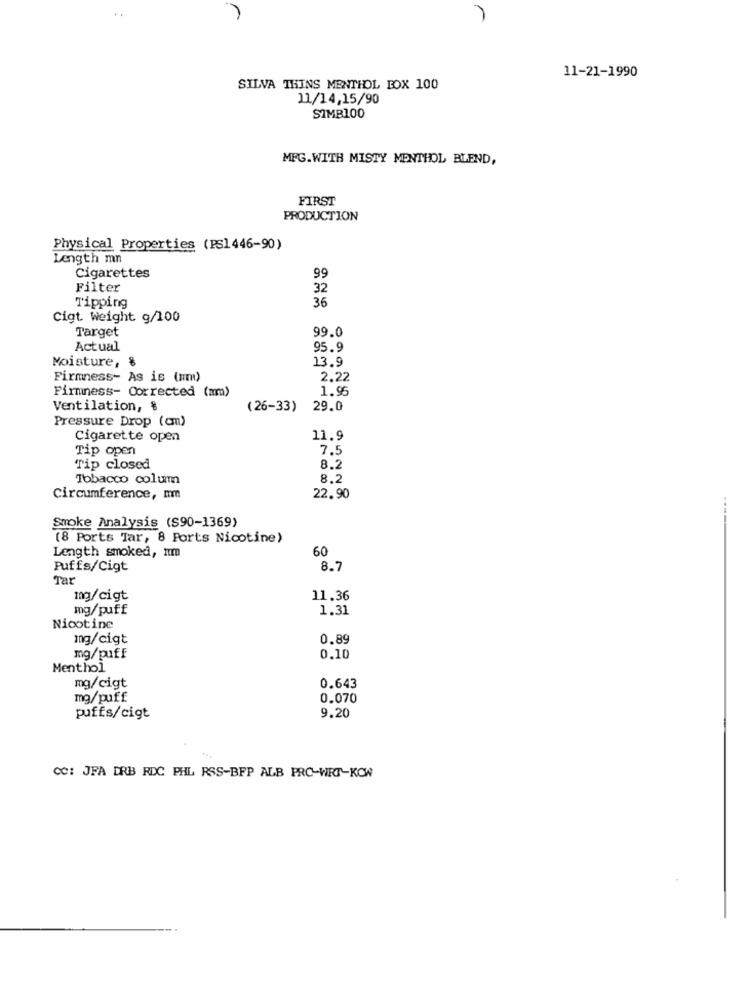
11-21-1990
SILVA THINS MENTHOL FOX 100
11/14,15/90
SIMB100
MFG.WITH MISTY MENTHOL BLEND,
FIRST
PRODUCTION
Physical Properties (PS1446-90)
Length mn
99
Cigarettes
Filter
32
36
Tipping
Cigt. weight g/100
Target
99.0
Actual
95.9
Moisture, %
13.9
Firmness- As is (mm)
2.22
Firmness- Corrected (am)
1.95
Ventilation, $
(26-33)
29.0
Pressure Drop (cm)
Cigarette open
11.9
Tip open
7.5
Tip closed
8.2
Tobacco colum
8.2
Circumference, mm
22.90
Smoke Analysis (S90-1369)
(8 Ports Tar, 8 Ports Nicotine)
Length smoked, Im
60
Puffs/Cigt
8.7
Tar
mg/cigt
11.36
mg/puff
1.31
Nicotine
10g/cigt
0.89
mg/puff
0.10
Menthol
mg/cigt
0.643
mg/puff
0.070
puffs/cigt
9.20
CC: JFA DRB RDC PHL RSS-BFP ALB PRO-WRT-KOW